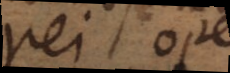
rei ope